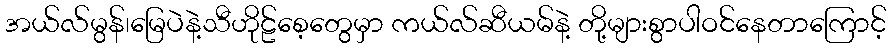
အယ်လ်မွန်၊မြေပဲနဲ့သီဟိုဠ်စေ့တွေမှာ ကယ်လ်ဆီယမ်နဲ့ တို့များစွာပါဝင်နေတာကြောင့်